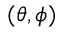
( \theta , \phi )